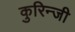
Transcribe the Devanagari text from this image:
कुरिन्‍जी